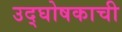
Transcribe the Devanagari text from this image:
उद्घोषकाची